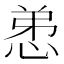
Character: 𢚖